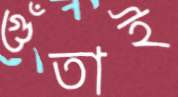
গুঁতাই